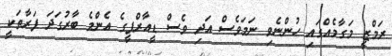
ރަމްޒީ މަގާމެއްގައި ހުންނެވި ނަމަވެސް އަދި ވެސް ޑީއާރްޕީގެ އެންމެ ބާރުގަދަ ފަރާތަކީ